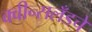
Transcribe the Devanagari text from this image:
क्वीन्सलँडचे